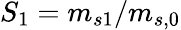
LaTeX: S_{1}=m_{s1}/m_{s,0}